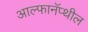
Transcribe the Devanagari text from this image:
आल्फानॅप्थील